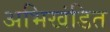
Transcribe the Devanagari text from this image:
अभिखंडित